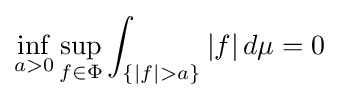
\inf _{a>0}\sup _{f\in \Phi }\int _{\{|f|>a\}}|f|\,d\mu =0